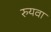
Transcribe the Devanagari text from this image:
रुयवा